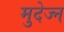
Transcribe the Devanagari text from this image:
मुदेज्न